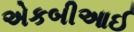
એકબીઆઈ